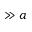
\gg a